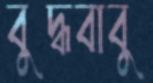
বুদ্ধবাবু